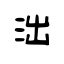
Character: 泏